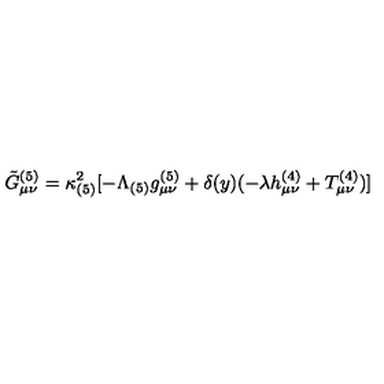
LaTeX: \tilde { G } _ { \mu \nu } ^ { ( 5 ) } = \kappa _ { ( 5 ) } ^ { 2 } [ - \Lambda _ { ( 5 ) } g _ { \mu \nu } ^ { ( 5 ) } + \delta ( y ) ( - \lambda h _ { \mu \nu } ^ { ( 4 ) } + T _ { \mu \nu } ^ { ( 4 ) } ) ]